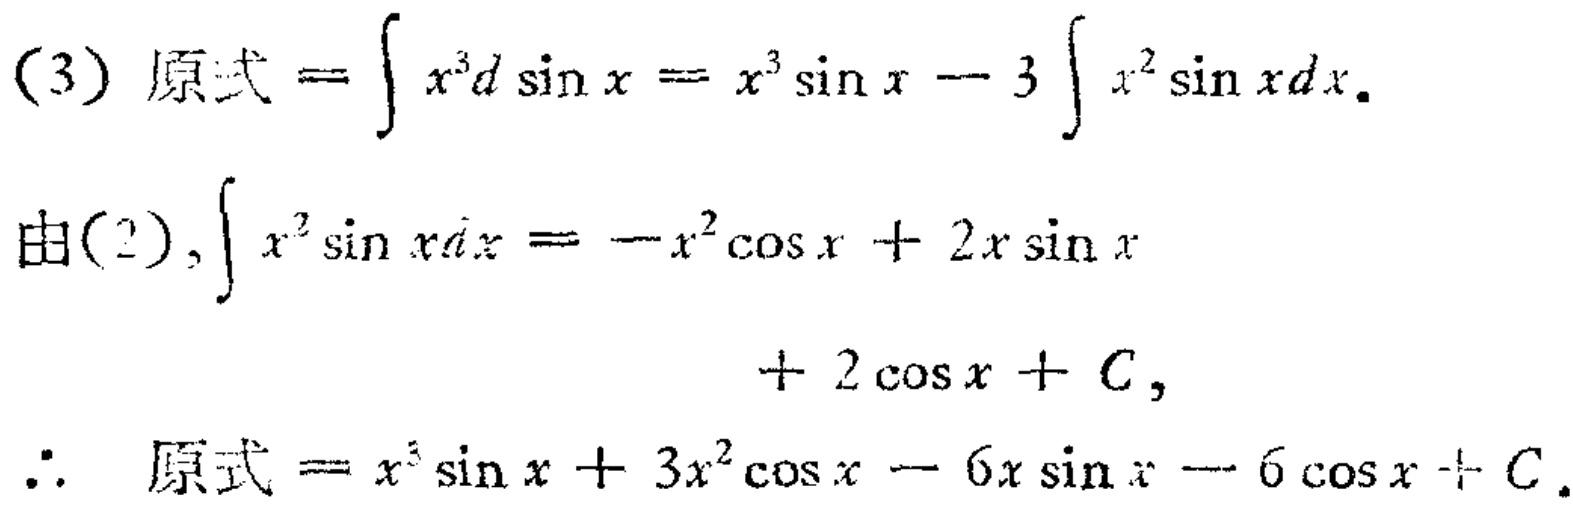
(3) 原式 \(=\int x^{3}d\sin x = x^{3}\sin x - 3\int x^{2}\sin xdx\).

由(2), \(\int x^{2}\sin xdx=-x^{2}\cos x + 2x\sin x+ 2\cos x + C\),

\(\therefore\) 原式 \(=x^{3}\sin x + 3x^{2}\cos x - 6x\sin x - 6\cos x + C\).